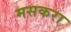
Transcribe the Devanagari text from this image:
मसकरा